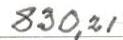
830,21